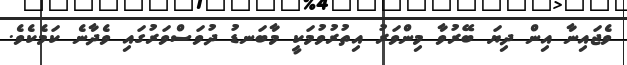
ވެޖައިނާ އިން ދިޔަ ބޭރުވާ މިންވަރު އިތުރުވުމަކީ މާބަނޑު ދުވަސްވަރުގައި ވެދާނެ ކަމެކެވެ.